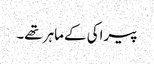
پیراکی کے ماہر تھے۔